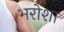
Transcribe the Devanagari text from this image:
भरोशा